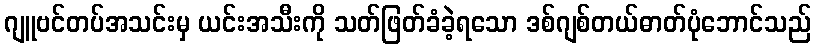
ဂျူဗင်တပ်အသင်းမှ ယင်းအသီးကို သတ်ဖြတ်ခံခဲ့ရသော ဒစ်ဂျစ်တယ်ဓာတ်ပုံဘောင်သည်